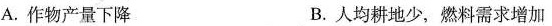
A.作物产量下降 B.人均耕地少，燃料需求增加